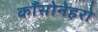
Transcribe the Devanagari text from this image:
काँसोनेहरो